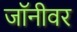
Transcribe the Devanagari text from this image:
जॉनीवर